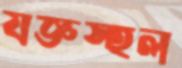
যজ্ঞস্হল